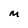
Character: m